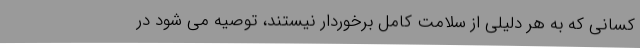
کسانی که به هر دلیلی از سلامت کامل برخوردار نیستند، توصیه می شود در